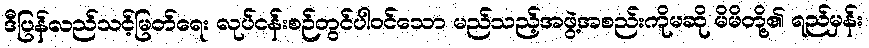
ဒီပြန်လည်သင့်မြတ်ရေး လုပ်ငန်းစဉ်တွင်ပါဝင်သော မည်သည့်အဖွဲ့အစည်းကိုမဆို မိမိတို့၏ ရည်မှန်း